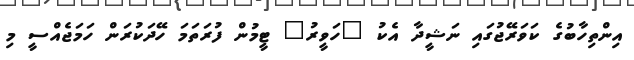
އިންތިހާބުގެ ކަވަރޭޖުގައި ނަޝީދާ އެކު "ހަވީރު" ޓީމުން ފުރަތަމަ ހޭދަކުރަން ހަމަޖެއްސީ މި